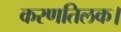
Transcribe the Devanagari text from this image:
करणतिलक।